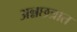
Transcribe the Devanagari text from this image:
अन्नछत्रात